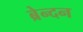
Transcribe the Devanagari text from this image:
ब्रेन्दन